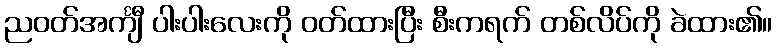
ညဝတ်အင်္ကျီ ပါးပါးလေးကို ဝတ်ထားပြီး စီးကရက် တစ်လိပ်ကို ခဲထား၏။